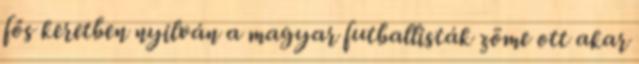
fős keretben nyilván a magyar futballisták zöme ott akar